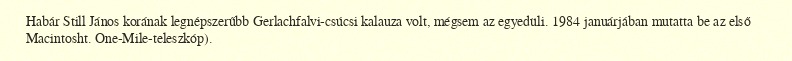
Habár Still János korának legnépszerűbb Gerlachfalvi-csúcsi kalauza volt, mégsem az egyedüli. 1984 januárjában mutatta be az első Macintosht. One-Mile-teleszkóp).